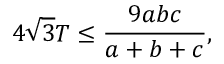
4 { \sqrt { 3 } } T \leq { \frac { 9 a b c } { a + b + c } } ,